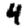
Digit: 4